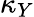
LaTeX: \kappa_{Y}